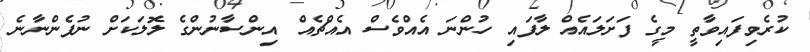
ކުރެވިފައިވާތީ މީގެ ފަށަލައެއް ލާފައި ހުންނަ އެއްވެސް އެއްޗެއް އިންސާނުންގެ ލޮލަކަށް ނުފެންނާނެ